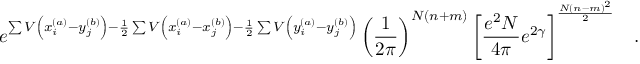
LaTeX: e ^ { \sum V \left( x _ { i } ^ { ( a ) } - y _ { j } ^ { ( b ) } \right) - \frac { 1 } { 2 } \sum V \left( x _ { i } ^ { ( a ) } - x _ { j } ^ { ( b ) } \right) - \frac { 1 } { 2 } \sum V \left( y _ { i } ^ { ( a ) } - y _ { j } ^ { ( b ) } \right) } \left( \frac { 1 } { 2 \pi } \right) ^ { N ( n + m ) } \left[ \frac { e ^ { 2 } N } { 4 \pi } e ^ { 2 \gamma } \right] ^ { \frac { N ( n - m ) ^ { 2 } } { 2 } } \; \; \; .